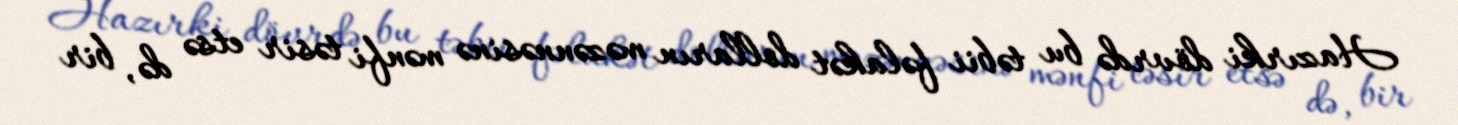
Hazırki dövrdə bu təbii fəlakət dolların məzənnəsinə mənfi təsir etsə də, bir